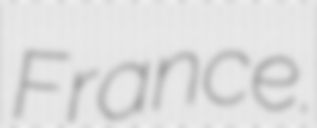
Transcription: France.